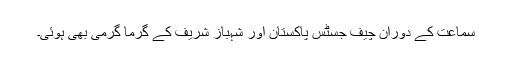
سماعت کے دوران چیف جسٹس پاکستان اور شہباز شریف کے گرما گرمی بھی ہوئی۔